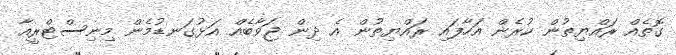
ގޮތެއް ރައްޔިތުން ކުރެން އަހާފައި ރައްޔިތުން އެ ދިން ޖަވާބެއް އަޅުގަނޑުމެން މިނިސްޓްރީއާ